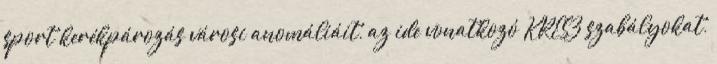
sport kerékpározás városi anomáliáit, az ide vonatkozó KRESZ szabályokat,